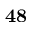
\bf { 4 8 }